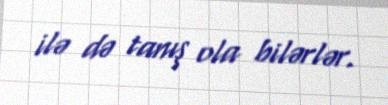
ilə də tanış ola bilərlər.